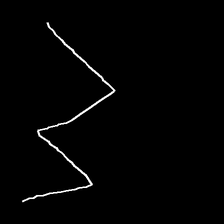
Glyph: crush